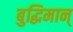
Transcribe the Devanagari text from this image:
बुद्धिमान्‌